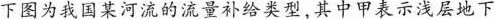
下图为我国某河流的流量补给类型，其中甲表示浅层地下